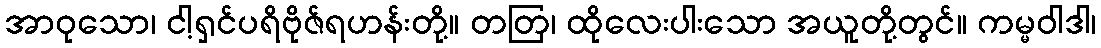
အာဝုသော၊ ငါ့ရှင်ပရိဗိုဇ်ရဟန်းတို့။ တတြ၊ ထိုလေးပါးသော အယူတို့တွင်။ ကမ္မဝါဒါ၊